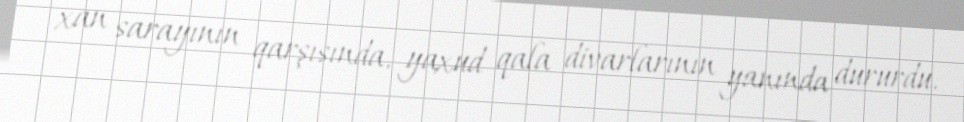
xan sarayının qarşısında, yaxud qala divarlarının yanında dururdu.